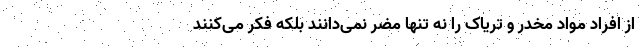
از افراد مواد مخدر و تریاک را نه تنها مضر نمی‌دانند بلکه فکر می‌کنند